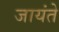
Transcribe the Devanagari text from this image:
जायंते